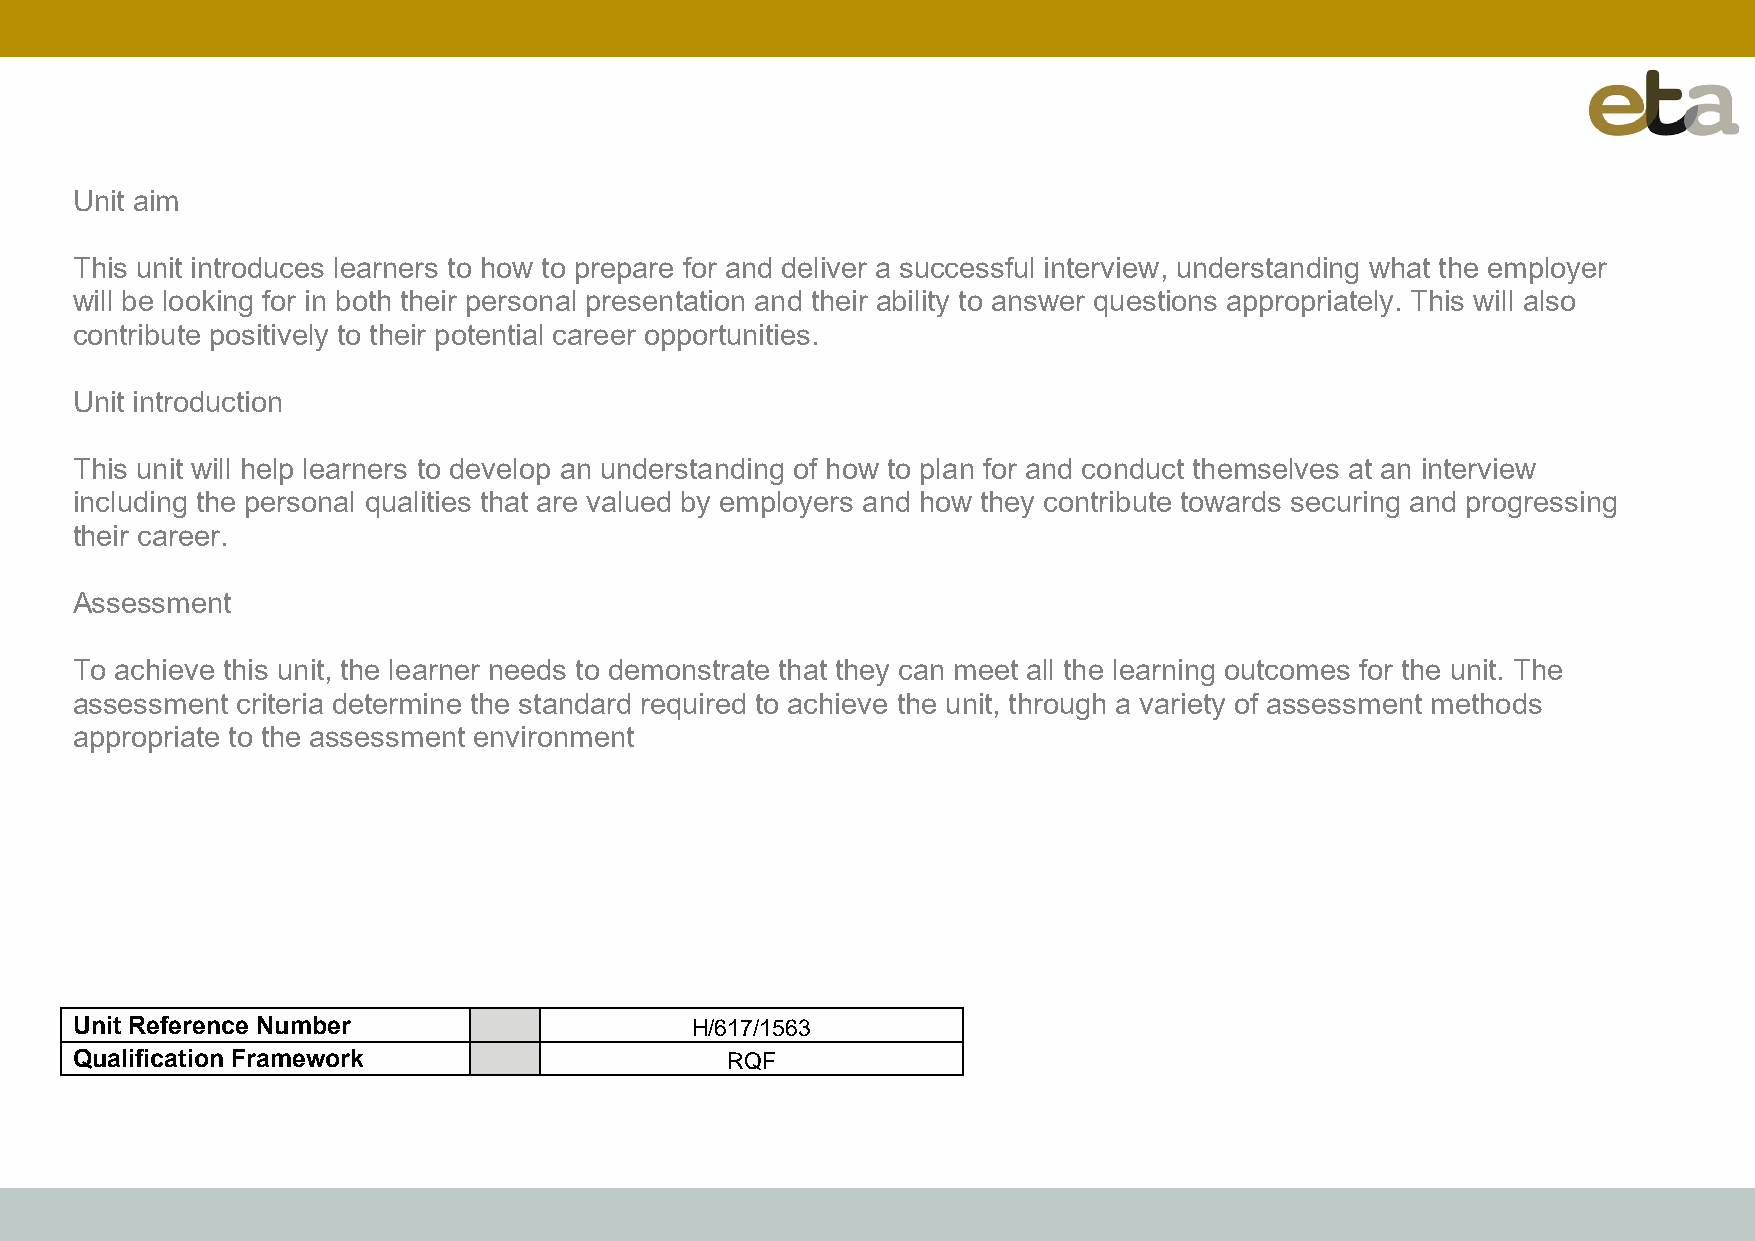
Unit aim
 This unit introduces learners to how to prepare for and deliver a successful interview, understanding what the employer
 will be looking for in both their personal presentation and their ability to answer questions appropriately. This will also
 contribute positively to their potential career opportunities.
 Unit introduction
 This unit will help learners to develop an understanding of how to plan for and conduct themselves at an interview
 including the personal qualities that are valued by employers and how they contribute towards securing and progressing
 their career.
 Assessment
 To achieve this unit, the learner needs to demonstrate that they can meet all the learning outcomes for the unit. The
 assessment criteria determine the standard required to achieve the unit, through a variety of assessment methods
 appropriate to the assessment environment
 Unit Reference Number                    H/617/1563
 Qualification Framework                    RQF